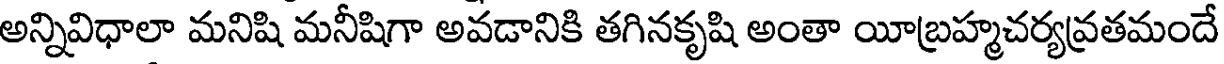
అన్నివిధాలా మనిషి మనీషిగా అవడానికి తగినకృషి అంతా యీబ్రహ్మచర్యవ్రతమందే